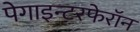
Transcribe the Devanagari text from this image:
पेगाइन्टरफेरॉन